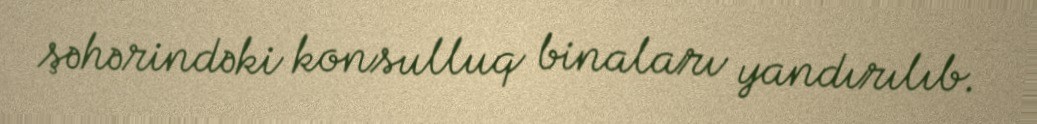
şəhərindəki konsulluq binaları yandırılıb.